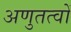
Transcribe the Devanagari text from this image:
अणुतत्वों